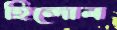
হিন্দোল